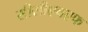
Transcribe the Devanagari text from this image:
सीसीएचएफ